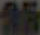
25